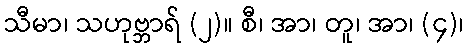
သီမာ၊ သဟုဗ္ဘာရ် (၂)။ စီ၊ အာ၊ တူ၊ အာ၊ (၄)၊